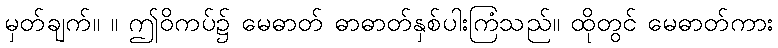
မှတ်ချက်။ ။ ဤဝိကပ်၌ မေဓာတ် ဓာဓာတ်နှစ်ပါးကြံသည်။ ထိုတွင် မေဓာတ်ကား